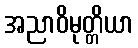
အညာဝိမုတ္တိယာ